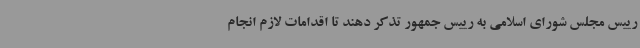
رییس مجلس شورای اسلامی به رییس جمهور تذکر دهند تا اقدامات لازم انجام